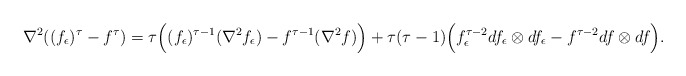
\begin{align*}\nabla^2((f_{\epsilon})^{\tau}-f^{\tau})=\tau\Big((f_{\epsilon})^{\tau-1}(\nabla^2f_{\epsilon})-f^{\tau-1}(\nabla^2f) \Big)+\tau(\tau-1)\Big(f_{\epsilon}^{\tau-2}df_{\epsilon}\otimes df_{\epsilon}-f^{\tau-2}df\otimes df\Big).\end{align*}